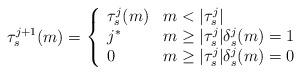
LaTeX: \begin{align*}\tau_s^{j+1}(m) = \left\{\begin{array}{ll}\tau_s^j(m) & m < |\tau_s^j| \\j^* & m \geq |\tau_s^j| \delta_s^j(m) = 1 \\0 & m \geq |\tau_s^j| \delta_s^j(m) = 0\end{array}\right.\end{align*}